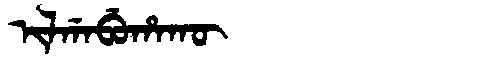
Manchu: ᡳᠯᡤᠠᠪᡠᡥᠠᡴᡡ
Romanization: ILGABUHAKŪ